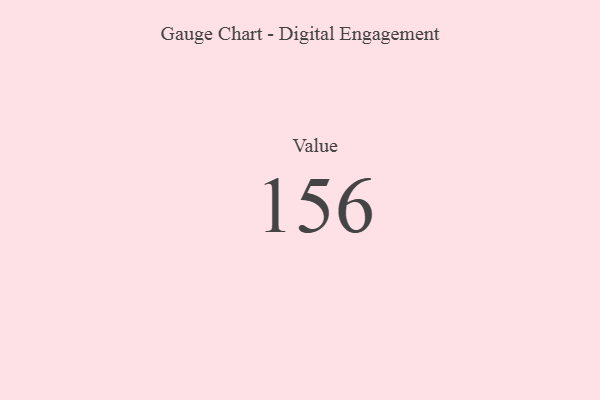
{"axis": {"x": "Metric", "y": "Value"}, "legend": [""], "data": [{"x": "Value", "y": 156, "type": ""}]}